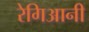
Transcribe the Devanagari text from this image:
रेगिआनी